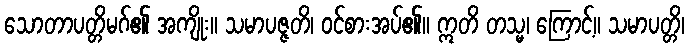
သောတာပတ္တိမဂ်၏ အကျိုး။ သမာပဇ္ဇတိ၊ ဝင်စားအပ်၏။ ဣတိ တသ္မ၊ ကြောင့်။ သမာပတ္တိ၊